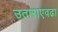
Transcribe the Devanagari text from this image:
उताराएवढा